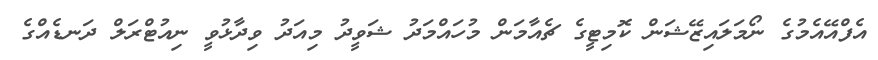
އެފްއޭއެމުގެ ނޯމަލައިޒޭޝަން ކޮމިޓީގެ ޗެއާމަން މުހައްމަދު ޝަވީދު މިއަދު ވިދާޅުވީ ނިއުޓްރަލް ދަނޑެއްގެ